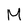
Character: M